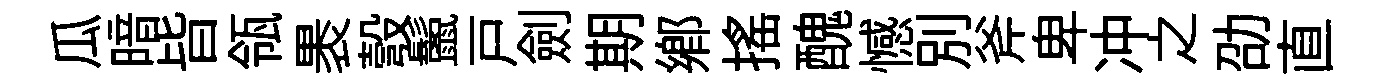
瓜暗𣅜瓴褁彀鬛戸劍期郷摇醜憾别斧卑冲之劭直